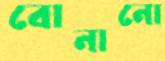
বোনানো